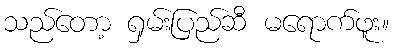
သည်တော့ ရှမ်းပြည်ဆီ မရောက်ဖူး။